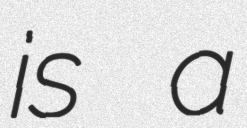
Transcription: is a